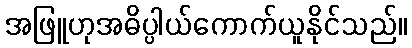
အဖြူဟုအဓိပ္ပါယ်ကောက်ယူနိုင်သည်။